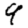
Digit: 9